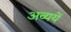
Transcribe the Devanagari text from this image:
अव्ययें